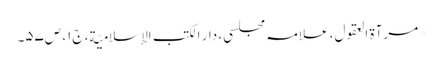
* مرآۃ العقول، علامہ مجلسی، دار الکتب الإسلامیّة، ج۱، ص۵۷۔